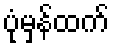
ပုံမှန်ထက်